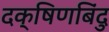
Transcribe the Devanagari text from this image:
दक्षिणबिंदु